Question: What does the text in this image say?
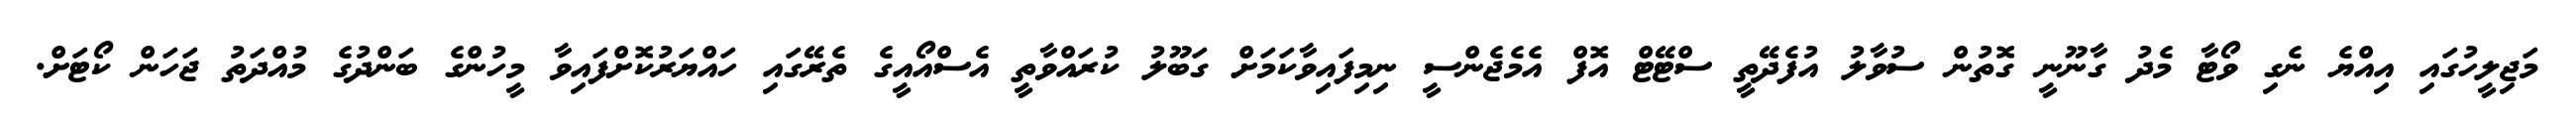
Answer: މަޖިލީހުގައި އިއްޔެ ނެގި ވޯޓާ މެދު ގާނޫނީ ގޮތުން ސުވާލު އުފެދޭތީ ސްޓޭޓް އޮފް އެމެޖެންސީ ނިމިފައިވާކަމަށް ގަބޫލު ކުރައްވާތީ އެސްއޯއީގެ ތެރޭގައި ހައްޔަރުކޮށްފައިވާ މީހުންގެ ބަންދުގެ މުއްދަތު ޖަހަން ކޯޓަށް.